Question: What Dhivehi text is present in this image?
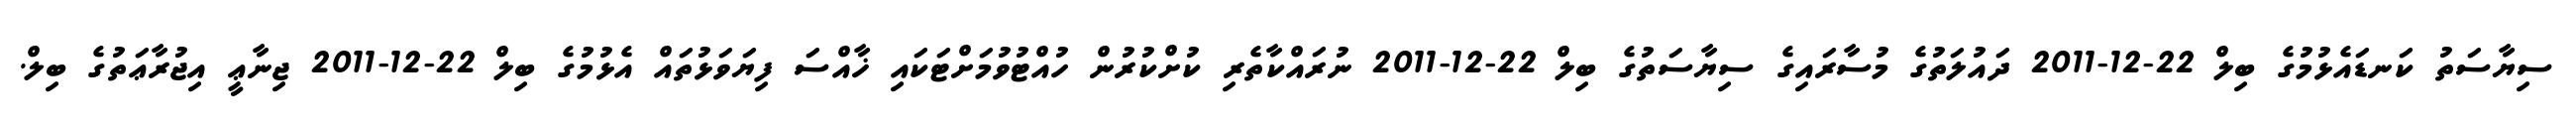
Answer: ސިޔާސަތު ކަނޑައެޅުމުގެ ބިލް 22-12-2011 ދައުލަތުގެ މުސާރައިގެ ސިޔާސަތުގެ ބިލް 22-12-2011 ނުރައްކާތެރި ކުށްކުރުން ހުއްޓުވުމަށްޓަކައި ޚާއްސަ ފިޔަވަޅުތައް އެޅުމުގެ ބިލް 22-12-2011 ޖިނާޢީ އިޖުރާޢަތުގެ ބިލް.